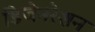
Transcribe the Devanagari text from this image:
डिजेनरेशन